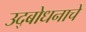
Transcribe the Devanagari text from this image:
उद्‌बोधनाचे